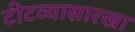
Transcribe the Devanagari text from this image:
टीटव्यासारखा